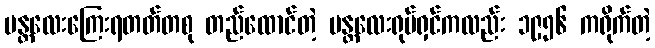
မန္တလေးကြေးရတတ်တစု တည်ထောင်တဲ့ မန္တလေးရုပ်ရှင်ကလည်း ၁၉၅၆ ကရိုက်တဲ့